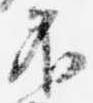
不